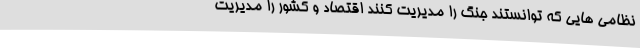
نظامی هایی که توانستند جنگ را مدیریت کنند اقتصاد و کشور را مدیریت